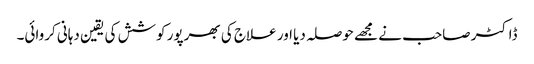
ڈاکٹر صاحب نے مجھے حوصلہ دیا اور علاج کی بھرپور کوشش کی یقین دہانی کروائی۔